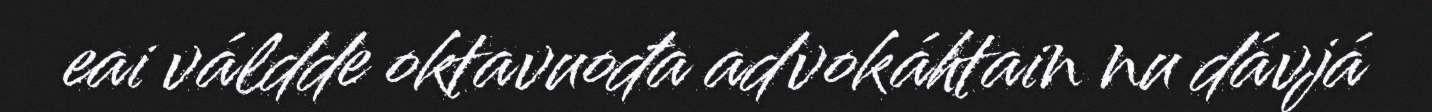
eai váldde oktavuođa advokáhtain nu dávjá